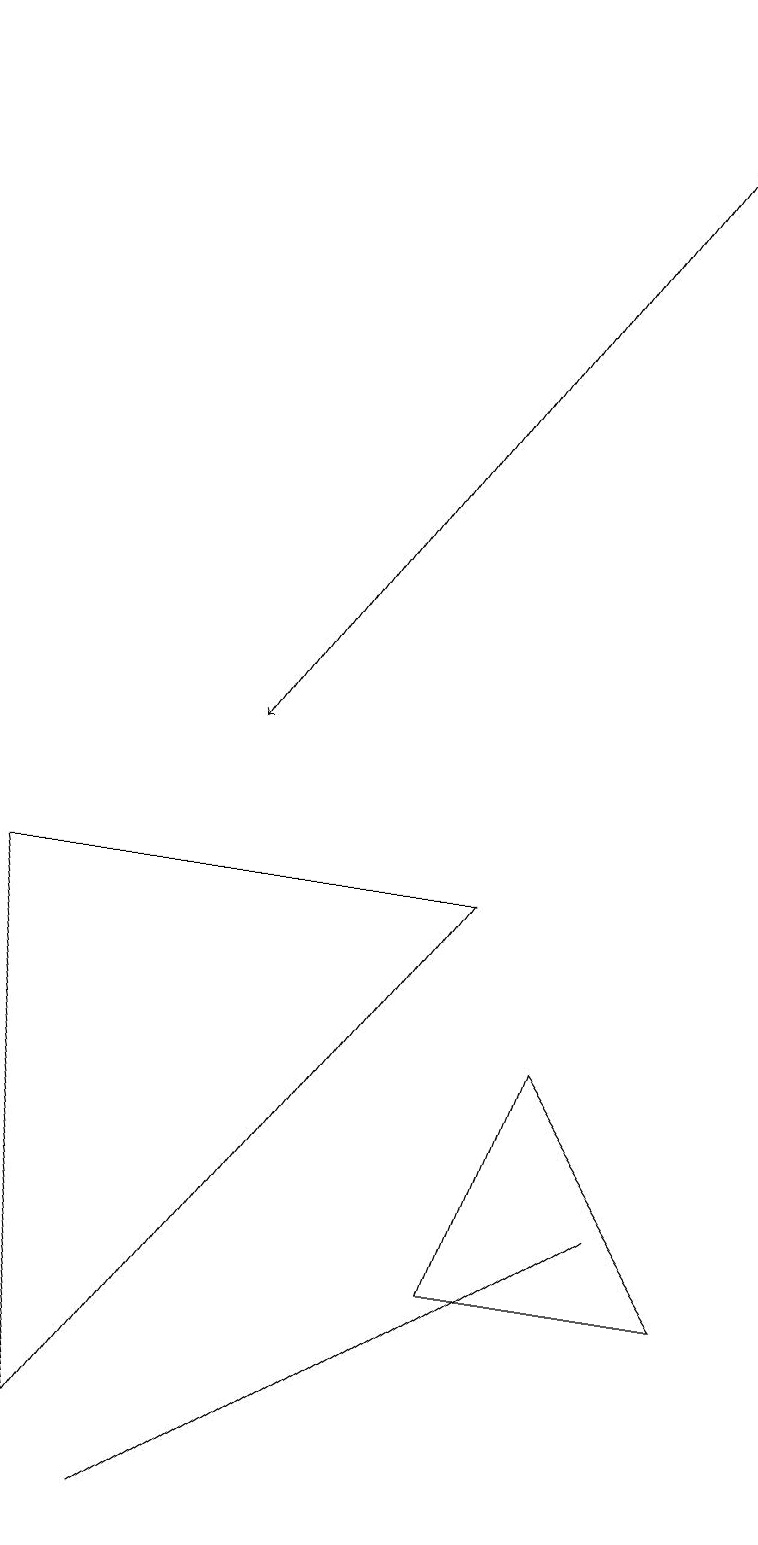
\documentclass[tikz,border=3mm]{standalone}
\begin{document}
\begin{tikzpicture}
\draw (0,8) -- (6,8) -- (1,1) -- cycle;
\draw[->] (9,19) -- (3,10);
\draw (5,2) -- (2,0) -- (8,4) -- cycle;
\draw (6,3) -- (7,6) -- (9,3) -- cycle;
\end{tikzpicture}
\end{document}